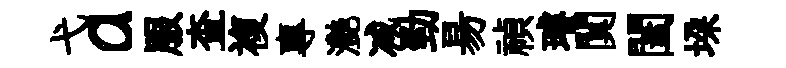
弋a服查複專灧减勁昜禎璿闃闔垜